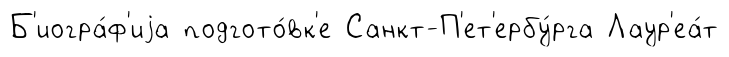
Б'иогра́ф'иjа подгото́вк'е Санкт-П'ет'ербу́рга Лаур'еа́т